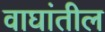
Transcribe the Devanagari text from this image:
वाघांतील